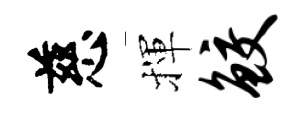
慈揮鲛